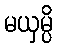
မယှမ္ပိ